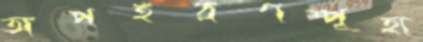
অপহরণস্পৃহা